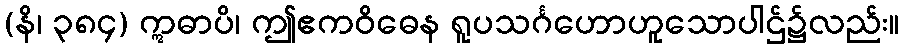
(နိ၊ ၃၈၄) ဣဓာပိ၊ ဤဧကဝိဓေန ရူပသင်္ဂဟောဟူသောပါဌ်၌လည်း။